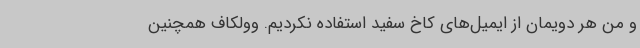
و من هر دویمان از ایمیل‌های کاخ سفید استفاده نکردیم. وولکاف همچنین